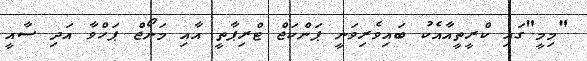
"މިމީ"ގައި ކްރީތީއާއެކު ބައިވެރިވަނީ ޕަންކަޖް ޓްރިޕާތީ އާއި މަނޯޖް ޕަހްވާ އަދި ސާއީ